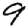
Digit: 9